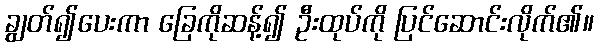
ချွတ်၍ပေးကာ ခြေကိုဆန့်၍ ဦးထုပ်ကို ပြင်ဆောင်းလိုက်၏။